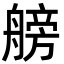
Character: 艕